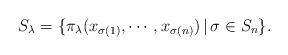
LaTeX: \begin{align*}S_\lambda=\{\pi_\lambda(x_{\sigma(1)},\cdots,x_{\sigma(n)})\,|\,\sigma\in S_n\}.\end{align*}